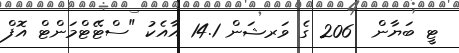
ޓީ ބަޔާން  206 ގެ ވަރޝަން 14.1 އާއެކު "ސްޓޭޓްމަންޓް އޮފް